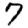
Digit: 7